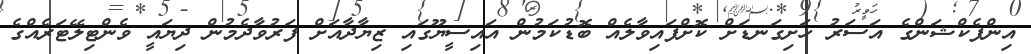
އިންފެކްޝަންގެ އަސަރު ހަށިގަނޑަށް ކޮށްފައިވާލެއް ބޮޑުކަމުން އައިސީޔޫގައި ޒިޔާދާއަށް ފަރުވާދެމުން ދިޔައީ ވެންޓިލޭޓަރެއްގެ